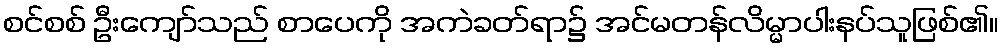
စင်စစ် ဦးကျော်သည် စာပေကို အကဲခတ်ရာ၌ အင်မတန်လိမ္မာပါးနပ်သူဖြစ်၏။